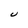
Character: U